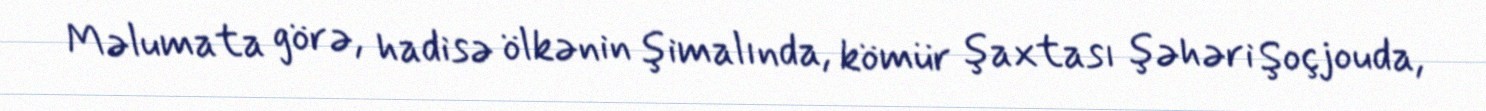
Məlumata görə, hadisə ölkənin şimalında, kömür şaxtası şəhəri Şoçjouda,